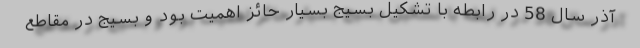
آذر سال 58 در رابطه با تشکیل بسیج بسیار حائز اهمیت بود و بسیج در مقاطع